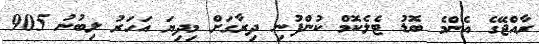
ރާއްޖޭގެ އެންމެ ބޮޑު ޓެލެކޮމް ކުންފުނި ދިރާގަށް މިދިޔަ އަހަރު ލިބުނު 905